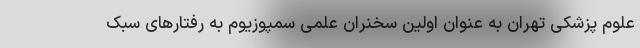
علوم پزشکی تهران به عنوان اولین سخنران علمی سمپوزیوم به رفتارهای سبک